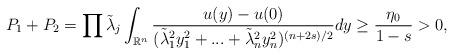
LaTeX: \begin{align*}P_1+P_2 =\prod{\tilde{\lambda}_j}\int_{\mathbb{R}^n}{\frac{u(y)-u(0)}{(\tilde{\lambda}_1^2y_1^2+...+\tilde{\lambda}_n^2y_n^2)^{(n+2s)/2}}dy} \geq \frac{\eta_0}{1-s}>0,\end{align*}